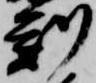
刻